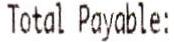
TOTAL PAYABLE: